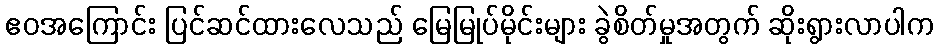
ဧဝအကြောင်း ပြင်ဆင်ထားလေသည် မြေမြုပ်မိုင်းများ ခွဲစိတ်မှုအတွက် ဆိုးရွားလာပါက